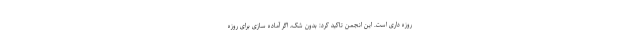
روزه داری است. این انجمن تاکید کرد: بدون شک، اگر آماده سازی برای روزه